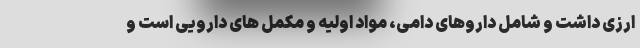
ارزی داشت و شامل داروهای دامی، مواد اولیه و مکمل های دارویی است و